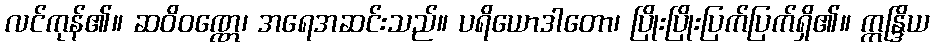
လင်ကုန်၏။ ဆဝိဝဏ္ဏေ၊ အရေအဆင်းသည်။ ပရိယောဒါတော၊ ပြိုးပြိုးပြက်ပြက်ရှိ၏။ ဣန္ဒြိယ